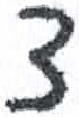
אות: צ